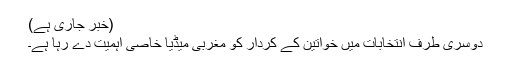
(خبر جاری ہے)
دوسری طرف انتخابات میں خواتین کے کردار کو مغربی میڈیا خاصی اہمیت دے رہا ہے۔